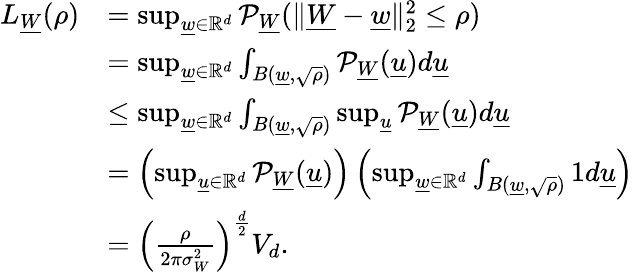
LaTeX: \begin{array}{rl}{L_{\underline{{W}}}(\rho)}&{=\operatorname*{sup}_{\underline{{w}}\in\mathbb{R}^{d}}\mathcal{P}_{\underline{{W}}}(\| \underline{{W}}-\underline{{w}}\| _{2}^{2}\leq\rho)}\\ &{=\operatorname*{sup}_{\underline{{w}}\in\mathbb{R}^{d}}\int_{B(\underline{{w}},\sqrt{\rho})}\mathcal{P}_{\underline{{W}}}(\underline{{u}})d\underline{{u}}}\\ &{\leq\operatorname*{sup}_{\underline{{w}}\in\mathbb{R}^{d}}\int_{B(\underline{{w}},\sqrt{\rho})}\operatorname*{sup}_{\underline{{u}}}\mathcal{P}_{\underline{{W}}}(\underline{{u}})d\underline{{u}}}\\ &{=\left(\operatorname*{sup}_{\underline{{u}}\in\mathbb{R}^{d}}\mathcal{P}_{\underline{{W}}}(\underline{{u}})\right)\left(\operatorname*{sup}_{\underline{{w}}\in\mathbb{R}^{d}}\int_{B(\underline{{w}},\sqrt{\rho})}1d\underline{{u}}\right)}\\ &{=\left(\frac{\rho}{2\pi\sigma_{W}^{2}}\right)^{\frac{d}{2}}V_{d}.}\end{array}